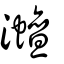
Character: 灗